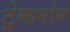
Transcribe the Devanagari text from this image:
ट्रेलागोन